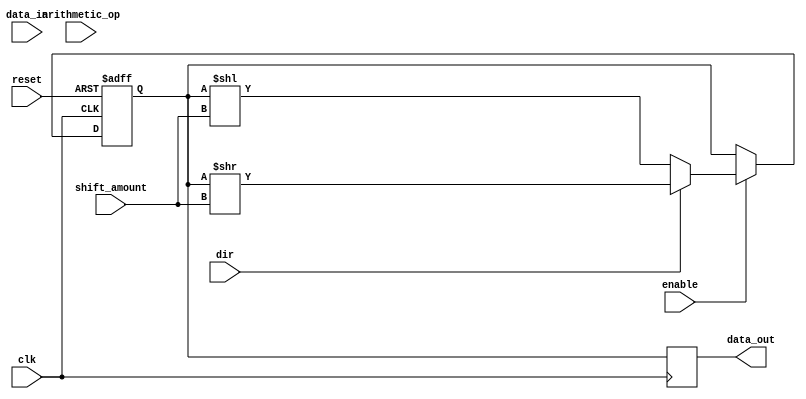
module LogarithmicShiftRegister #(
    parameter WIDTH = 8 // Width of the register
)(
    input wire clk,               // Clock signal
    input wire reset,             // Reset signal
    input wire enable,            // Enable signal for shifts
    input wire dir,               // Direction: 0 for left shift, 1 for right shift
    input wire [WIDTH-1:0] data_in, // Data input
    input wire [3:0] shift_amount, // Amount to shift
    input wire arithmetic_op,     // 1 for addition, 0 for subtraction
    output reg [WIDTH-1:0] data_out // Data output
);

    reg [WIDTH-1:0] register; // Internal register to hold the data

    // Logarithmic shift and arithmetic operations
    always @(posedge clk or posedge reset) begin
        if (reset) begin
            register <= 0; // Initialize register to zero on reset
        end else if (enable) begin
            // Perform arithmetic operation
            if (arithmetic_op) begin
                // Addition in logarithmic domain (assuming data_in is already in logarithmic form)
                register <= register + data_in;
            end else begin
                // Subtraction in logarithmic domain
                register <= register - data_in;
            end
            
            // Perform shift operation
            if (dir == 0) begin
                // Left shift (multiply by 2^shift_amount)
                register <= register << shift_amount;
            end else begin
                // Right shift (divide by 2^shift_amount)
                register <= register >> shift_amount;
            end
        end
    end

    // Output the current value of the register
    always @(posedge clk) begin
        data_out <= register;
    end

endmodule